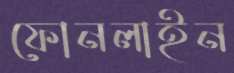
ফোনলাইন